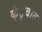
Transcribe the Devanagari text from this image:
कुंटुंबात